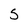
Character: S